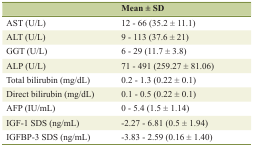
|  | Mean ± SD |
 | --- | --- |
 | AST (U/L) | 12 - 66 (35.2 ± 11.1) |
 | ALT (U/L) | 9 - 113 (37.6 ± 21) |
 | GGT (U/L) | 6 - 29 (11.7 ± 3.8) |
 | ALP (U/L) | 71 - 491 (259.27 ± 81.06) |
 | Total bilirubin (mg/dL) | 0.2 - 1.3 (0.22 ± 0.1) |
 | Direct bilirubin (mg/dL) | 0.1 - 0.5 (0.22 ± 0.1) |
 | AFP (IU/mL) | 0 - 5.4 (1.5 ± 1.14) |
 | IGF-1 SDS (ng/mL) | -2.27 - 6.81 (0.5 ± 1.94) |
 | IGFBP-3 SDS (ng/mL) | -3.83 - 2.59 (0.16 ± 1.40) |